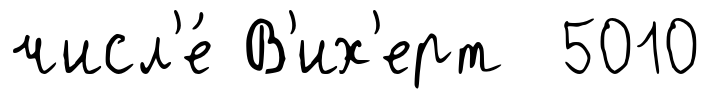
числ'е́ В'их'ерт 5010